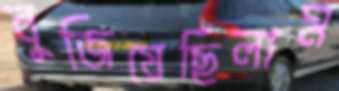
বুজিয়েছিলাম